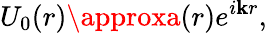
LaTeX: U_{0}(r)\approxa(r)e^{i\mathbf{k}r},